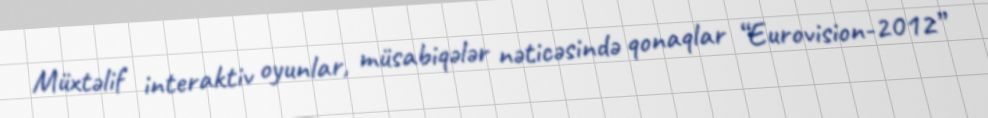
Müxtəlif interaktiv oyunlar, müsabiqələr nəticəsində qonaqlar “Eurovision-2012”